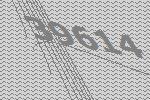
39614